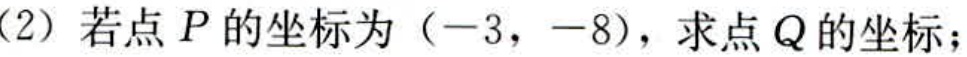
(2) 若点 \(P\) 的坐标为 \((-3,-8)\)，求点 \(Q\) 的坐标；